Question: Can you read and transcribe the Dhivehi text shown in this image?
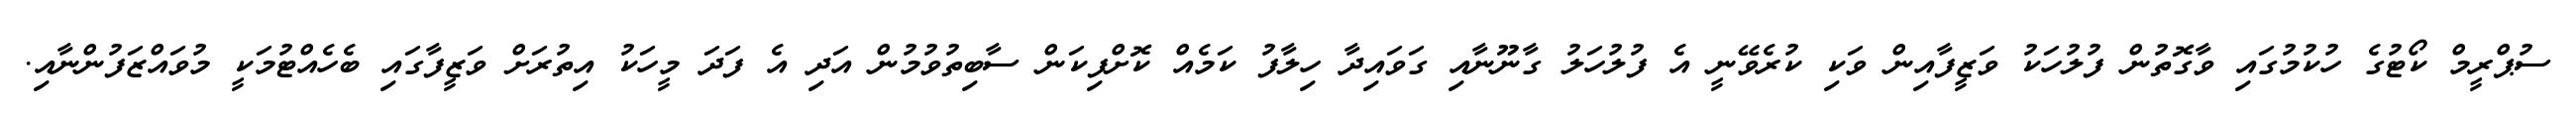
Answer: ސުޕްރީމް ކޯޓުގެ ހުކުމުގައި ވާގޮތުން ފުލުހަކު ވަޒީފާއިން ވަކި ކުރެވޭނީ އެ ފުލުހަލު ގާނޫނާއި ގަވައިދާ ހިލާފު ކަމެއް ކޮށްފިކަން ސާބިތުވުމުން އަދި އެ ފަދަ މީހަކު އިތުރަށް ވަޒީފާގައި ބެހެއްޓުމަކީ މުވައްޒަފުންނާއި.